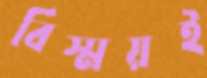
বিস্ময়ই